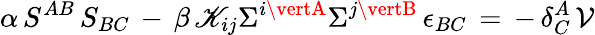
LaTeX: \alpha\, S^{AB}\, S_{BC}\, -\, \beta\, \mathscr{K}_{ij}\Sigma^{i\vertA}\Sigma^{j\vertB}\, \epsilon_{BC}\, =\, -\, \delta_{C}^{A}\, \mathcal{{V}}